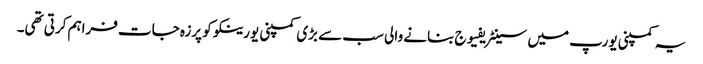
یہ کمپنی یورپ میں سینٹریفیوج بنانے والی سب سے بڑی کمپنی یورینکو کو پرزہ جات فراہم کرتی تھی۔